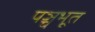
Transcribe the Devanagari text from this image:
पञ्चभूत